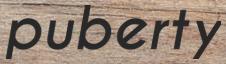
puberty